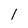
Character: 1